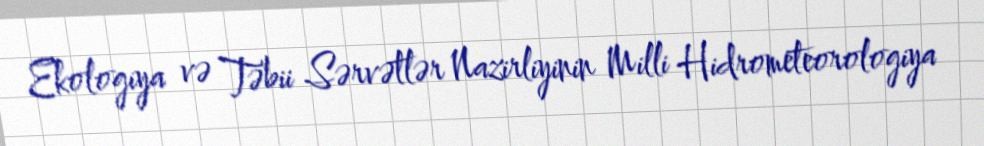
Ekologiya və Təbii Sərvətlər Nazirliyinin Milli Hidrometeorologiya